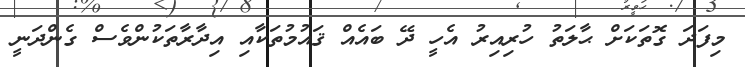
މިފަދަ ގޮތަކަށް ޙާލަތު ހުރިއިރު އެހީ ދޭ ބައެއް ޤައުމުތަކާއި އިދާރާތަކުންވެސް ގެންދަނީ